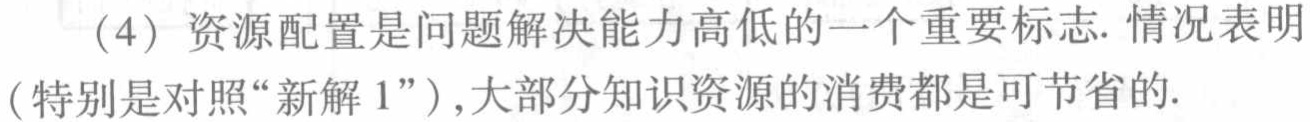
（4）资源配置是问题解决能力高低的一个重要标志. 情况表明（特别是对照“新解 1”）,大部分知识资源的消费都是可节省的.